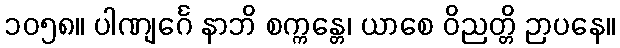
၁၀၅၈။ ပါဏျင်္ဂေ နာဘိ စက္ကန္တေ၊ ယာစေ ဝိညတ္တိ ဉာပနေ။